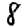
Digit: 8